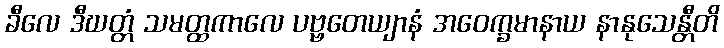
ခီလေ ဒီဃတ္တံ သမတ္ထကာလေ ပဗ္ဗတေယျာနံ အဝေက္ခမာနာယ နာနုသေန္တီတိ